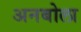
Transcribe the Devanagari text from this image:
अनबोला